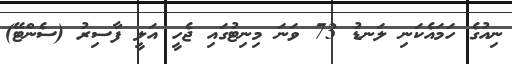
ނިއުގެ ހަމައެކަނި ލަނޑު 73 ވަނަ މިނިޓުގައި ޖެހީ އަލީ ފާސިރު (ސެންޓޭ)